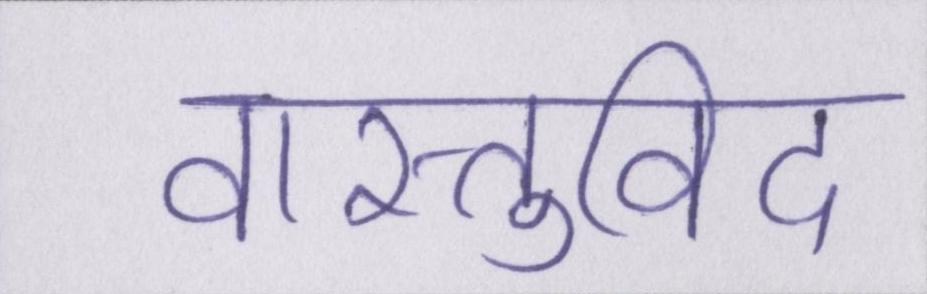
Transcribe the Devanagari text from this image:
वास्तुविद